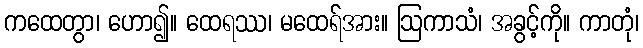
ကထေတွာ၊ ဟော၍။ ထေရဿ၊ မထေရ်အား။ ဩကာသံ၊ အခွင့်ကို။ ကာတုံ၊